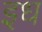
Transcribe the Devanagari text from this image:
इध